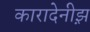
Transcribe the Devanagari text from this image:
कारादेनीझ़